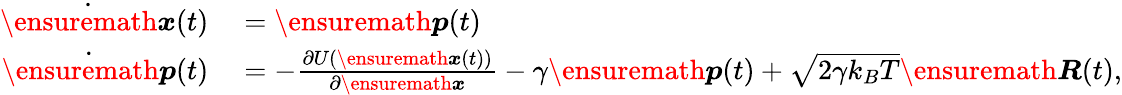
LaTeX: \begin{array}{rl}{\dot{\ensuremath{\boldsymbol{{x}}}}(t)}&{{}={\ensuremath{\boldsymbol{p}}(t)}}\\ {\dot{\ensuremath{\boldsymbol{p}}}(t)}&{{}=-\frac{\partial U(\ensuremath{\boldsymbol{{x}}}(t))}{\partial\ensuremath{\boldsymbol{{x}}}}-\gamma\ensuremath{\boldsymbol{p}}(t)+\sqrt{2\gamma k_{B}T}\ensuremath{\boldsymbol{R}}(t),}\end{array}